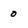
Character: 0